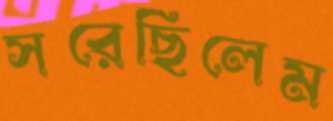
সরেছিলেম